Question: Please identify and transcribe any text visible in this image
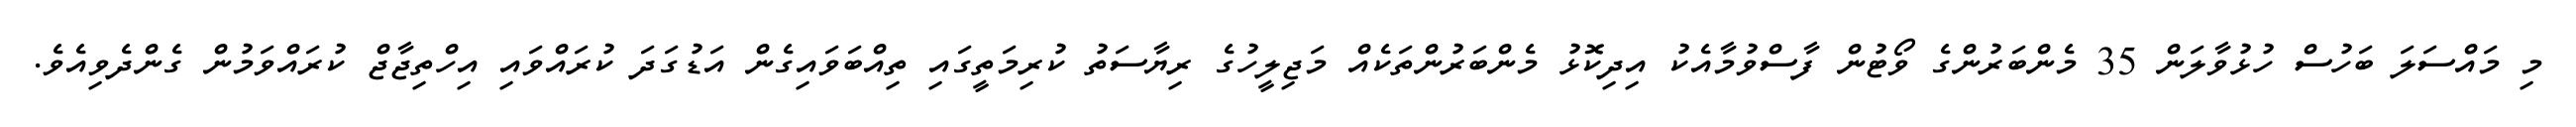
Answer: މި މައްސަލަ ބަހުސް ހުޅުވާލަން 35 މެންބަރުންގެ ވޯޓުން ފާސްވުމާއެކު އިދިކޮޅު މެންބަރުންތަކެއް މަޖިލީހުގެ ރިޔާސަތު ކުރިމަތީގައި ތިއްބަވައިގެން އަޑުގަދަ ކުރައްވައި އިހްތިޖާޖް ކުރައްވަމުން ގެންދެވިއެވެ.